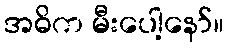
အဓိက မီးပေါ့နော်။